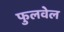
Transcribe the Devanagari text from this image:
फुलवेल